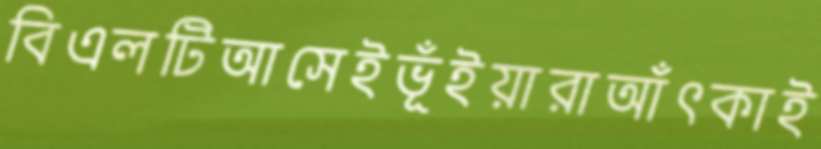
বিএলটিআসেইভূঁইয়ারাআঁৎকাই